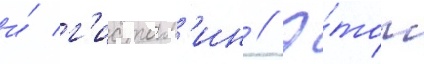
и́ г'истам'ин // Э́тот